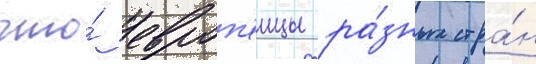
что́ европ'еицы ра́зных стра́н